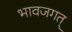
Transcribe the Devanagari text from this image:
भावजगत्